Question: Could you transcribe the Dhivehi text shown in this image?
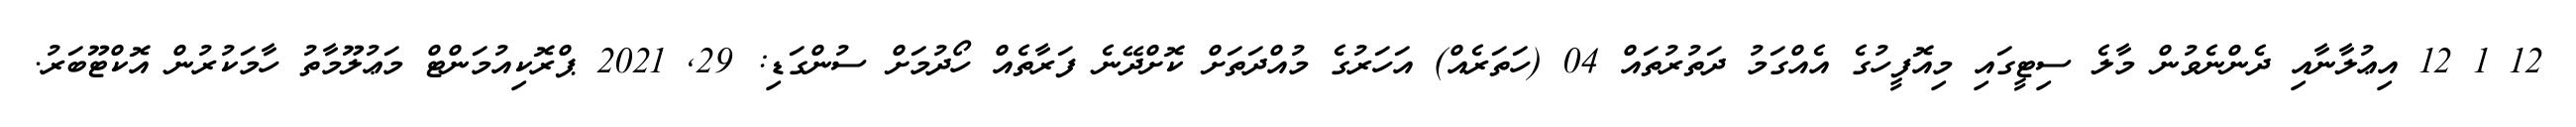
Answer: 12 1 12 އިޢުލާނާއި ދެންނެވުން މާލެ ސިޓީގައި މިއޮފީހުގެ އެއްގަމު ދަތުރުތައް 04 (ހަތަރެއް) އަހަރުގެ މުއްދަތަށް ކޮށްދޭނެ ފަރާތެއް ހޯދުމަށް ސުންގަޑި: 29, 2021 ޕްރޮކިއުމަންޓް މަޢުލޫމާތު ހާމަކުރުން އޮކްޓޫބަރު.